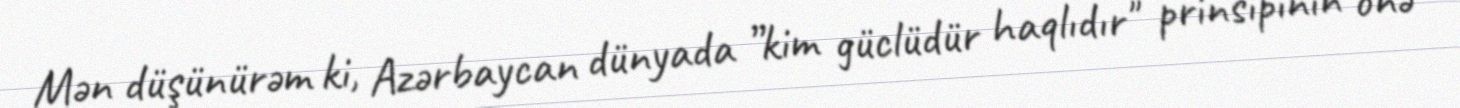
Mən düşünürəm ki, Azərbaycan dünyada ”kim güclüdür haqlıdır" prinsipinin önə